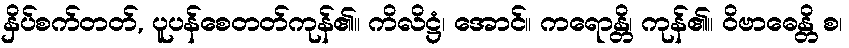
နှိပ်စက်တတ်, ပူပန်စေတတ်ကုန်၏။ ကိလိဋ္ဌံ၊ အောင်။ ကရောန္တိ၊ ကုန်၏။ ဝိဗာဓေန္တိ စ၊